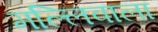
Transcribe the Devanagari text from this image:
मल्लिवाला